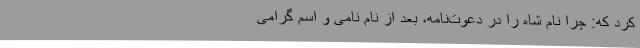
کرد که: چرا نام شاه را در دعوت‌نامه، بعد از نام نامی و اسم گرامی